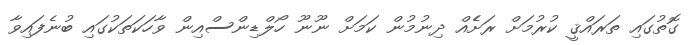
ގޮތުގައި ތަރައްޤީ ކުރުމަށް ރަށެެއް ދިނުމުން ކަމަށް ނޫނޫ ހޯލްޑިންސްއިން ވާހަކަތަކުގައި ބުނެފައިވާ